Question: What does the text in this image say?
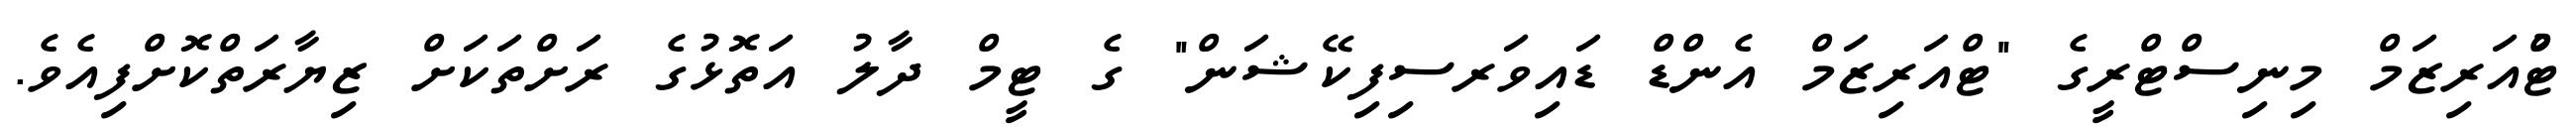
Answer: ޓްުއަރިޒަމް މިނިސްޓްރީގެ "ޓްއަރިޒަމް އެންޑް ޑައިވަރސިފިކޭޝަން" ގެ ޓީމް ދާލު އަތޮޅުގެ ރަށްތަކަށް ޒިޔާރަތްކޮށްފިއެވެ.